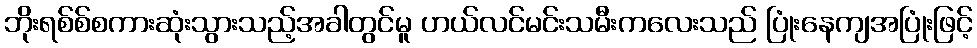
ဘိုးရစ်စ်စကားဆုံးသွားသည့်အခါတွင်မူ ဟယ်လင်မင်းသမီးကလေးသည် ပြုံးနေကျအပြုံးဖြင့်